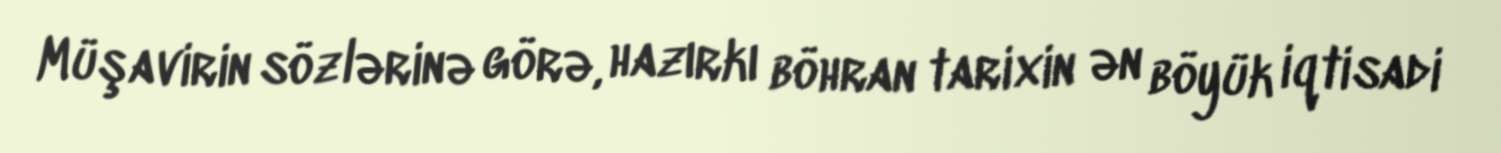
Müşavirin sözlərinə görə, hazırkı böhran tarixin ən böyük iqtisadi